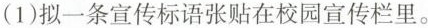
(1)拟一条宣传标语张贴在校园宣传栏里。